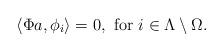
LaTeX: \begin{align*} \langle \Phi a, \phi_i \rangle = 0, \mbox{ for $i\in \Lambda \setminus \Omega$}. \end{align*}